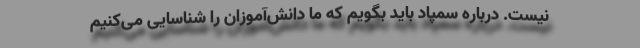
نیست. درباره سمپاد باید بگویم که ما دانش‌آموزان را شناسایی می‌کنیم